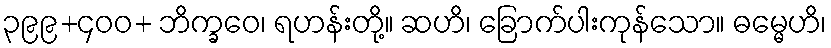
၃၉၉+၄၀၀+ ဘိက္ခဝေ၊ ရဟန်းတို့။ ဆဟိ၊ ခြောက်ပါးကုန်သော။ ဓမ္မေဟိ၊